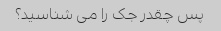
پس چقدر جک را می شناسید؟